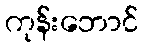
ကုန်းဘောင်